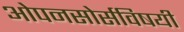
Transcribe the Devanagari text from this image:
ओपनसोर्सविषयी